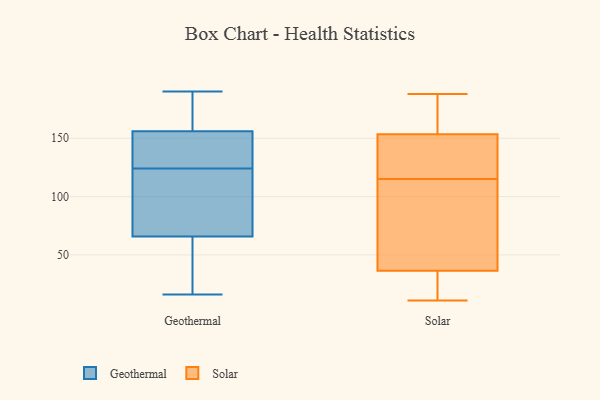
{"axis": {"x": "Revenue (USD Million)", "y": "Value"}, "legend": ["Geothermal", "Solar"], "data": [{"x": "", "y": 126, "type": "Geothermal"}, {"x": "", "y": 124, "type": "Geothermal"}, {"x": "", "y": 16, "type": "Geothermal"}, {"x": "", "y": 107, "type": "Geothermal"}, {"x": "", "y": 172, "type": "Geothermal"}, {"x": "", "y": 52, "type": "Geothermal"}, {"x": "", "y": 162, "type": "Geothermal"}, {"x": "", "y": 190, "type": "Geothermal"}, {"x": "", "y": 123, "type": "Geothermal"}, {"x": "", "y": 138, "type": "Geothermal"}, {"x": "", "y": 19, "type": "Geothermal"}, {"x": "", "y": 152, "type": "Solar"}, {"x": "", "y": 30, "type": "Solar"}, {"x": "", "y": 180, "type": "Solar"}, {"x": "", "y": 178, "type": "Solar"}, {"x": "", "y": 135, "type": "Solar"}, {"x": "", "y": 23, "type": "Solar"}, {"x": "", "y": 115, "type": "Solar"}, {"x": "", "y": 136, "type": "Solar"}, {"x": "", "y": 47, "type": "Solar"}, {"x": "", "y": 41, "type": "Solar"}, {"x": "", "y": 154, "type": "Solar"}, {"x": "", "y": 160, "type": "Solar"}, {"x": "", "y": 118, "type": "Solar"}, {"x": "", "y": 96, "type": "Solar"}, {"x": "", "y": 11, "type": "Solar"}, {"x": "", "y": 188, "type": "Solar"}, {"x": "", "y": 35, "type": "Solar"}, {"x": "", "y": 107, "type": "Solar"}, {"x": "", "y": 15, "type": "Solar"}]}